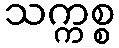
သက္ကစ္စ